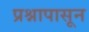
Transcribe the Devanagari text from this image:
प्रश्नापासून